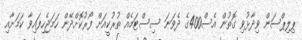
ޕިލިޕްސަން ވިދާޅުވި ގޮތުން އެސް400ގެ ދެވަނަ ސިސްޓަމެއް ތުރުކީއަށް ފޯރުކޮށްދޭން ހަމަޖެހިފައިވާ ކަމަށާއި